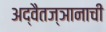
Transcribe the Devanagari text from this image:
अद्वैतज्ञानाची